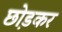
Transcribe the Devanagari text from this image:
छो़डकर